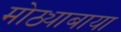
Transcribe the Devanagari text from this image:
मोठ्याबाया